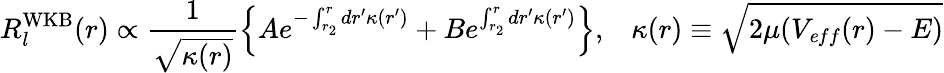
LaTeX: R_{l}^{\mathrm{WKB}}(r)\propto\frac{1}{\sqrt{\kappa(r)}}\left\{ Ae^{-\int_{r_{2}}^{r}dr^{\prime}\kappa(r^{\prime})}+Be^{\int_{r_{2}}^{r}dr^{\prime}\kappa(r^{\prime})}\right\} ,\; \; \; \kappa(r)\equiv\sqrt{2\mu(V_{\mathit eff}(r)-E)}